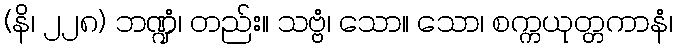
(နိ၊ ၂၂၈) ဘဏ္ဍံ၊ တည်း။ သဗ္ဗံ၊ သော။ သော၊ စက္ကယုတ္တကာနံ၊